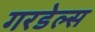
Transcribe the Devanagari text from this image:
गरडेल्स